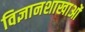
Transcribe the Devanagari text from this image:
विज्ञानशाखाओं